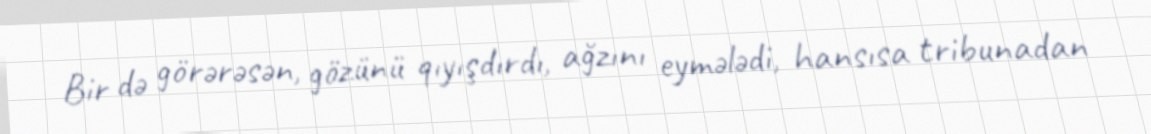
Bir də görərəsən, gözünü qıyışdırdı, ağzını eymələdi, hansısa tribunadan